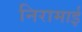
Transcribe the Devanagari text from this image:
निरामाई